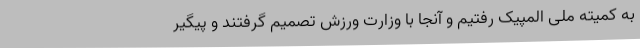
به کمیته ملی المپیک رفتیم و آنجا با وزارت ورزش تصمیم گرفتند و پیگیر